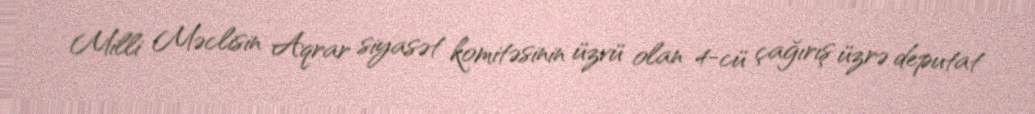
Milli Məclisin Aqrar siyasət komitəsinin üzvü olan 4-cü çağırış üzrə deputat